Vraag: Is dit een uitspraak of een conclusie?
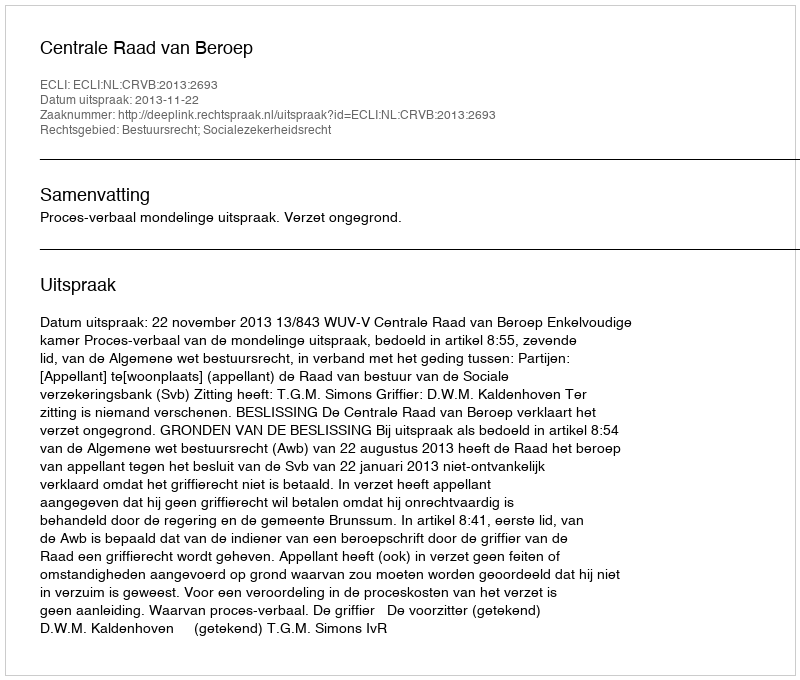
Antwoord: Uitspraak